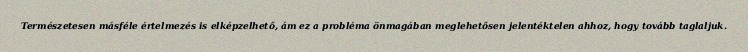
Természetesen másféle értelmezés is elképzelhető, ám ez a probléma önmagában meglehetősen jelentéktelen ahhoz, hogy tovább taglaljuk.